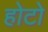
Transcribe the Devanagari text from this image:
होटो